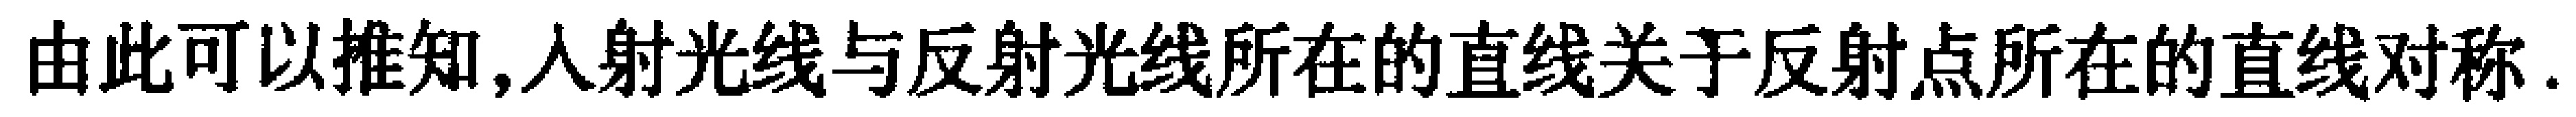
由此可以推知,入射光线与反射光线所在的直线关于反射点所在的直线对称.